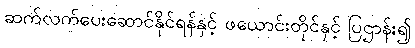
ဆက်လက်ပေးဆောင်နိုင်ရန်နှင့် ဖယောင်းတိုင်နှင့် ပြဌာန်း၍